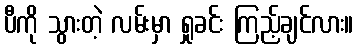
ပီကို သွားတဲ့ လမ်းမှာ ရှုခင်း ကြည့်ချင်လား။